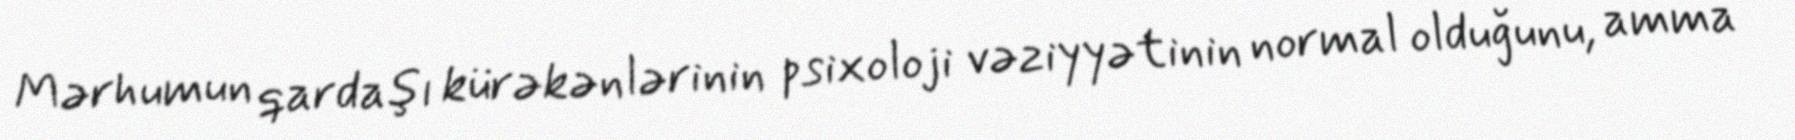
Mərhumun qardaşı kürəkənlərinin psixoloji vəziyyətinin normal olduğunu, amma